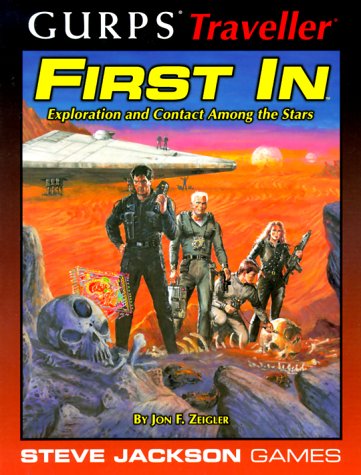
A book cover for GURPS Traveller: First In; Jon F. Zeigler; Science Fiction & Fantasy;